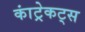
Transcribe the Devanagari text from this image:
कांट्रेकट्स